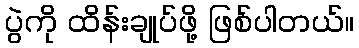
ပွဲကို ထိန်းချုပ်ဖို့ ဖြစ်ပါတယ်။